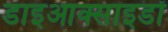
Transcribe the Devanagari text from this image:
डाइआक्साइडों